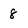
Character: 8